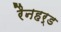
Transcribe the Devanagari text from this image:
रैनहर्ड